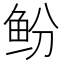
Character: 𫚍